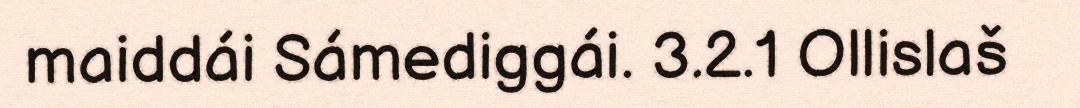
maiddái Sámediggái. 3.2.1 Ollislaš